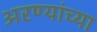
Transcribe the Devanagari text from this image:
अरण्यांच्या